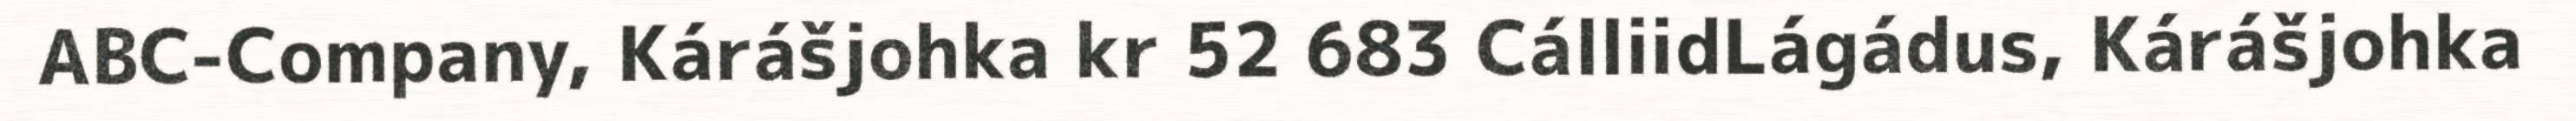
ABC-Company, Kárášjohka kr 52 683 CálliidLágádus, Kárášjohka